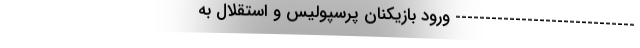
------------------------------ ورود بازیکنان پرسپولیس و استقلال به